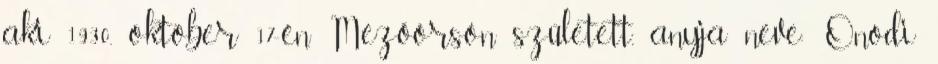
aki 1930. október 17-én Mezőörsön született, anyja neve: Onodi